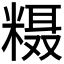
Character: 𱹔